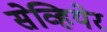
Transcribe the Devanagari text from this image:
सेव्हियेर